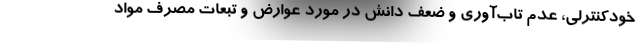
خودکنترلی، عدم تاب‌آوری و ضعف دانش در مورد عوارض و تبعات مصرف مواد